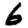
Digit: 6